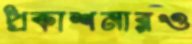
প্রকাশনারও